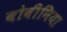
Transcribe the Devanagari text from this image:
बोवीनिया